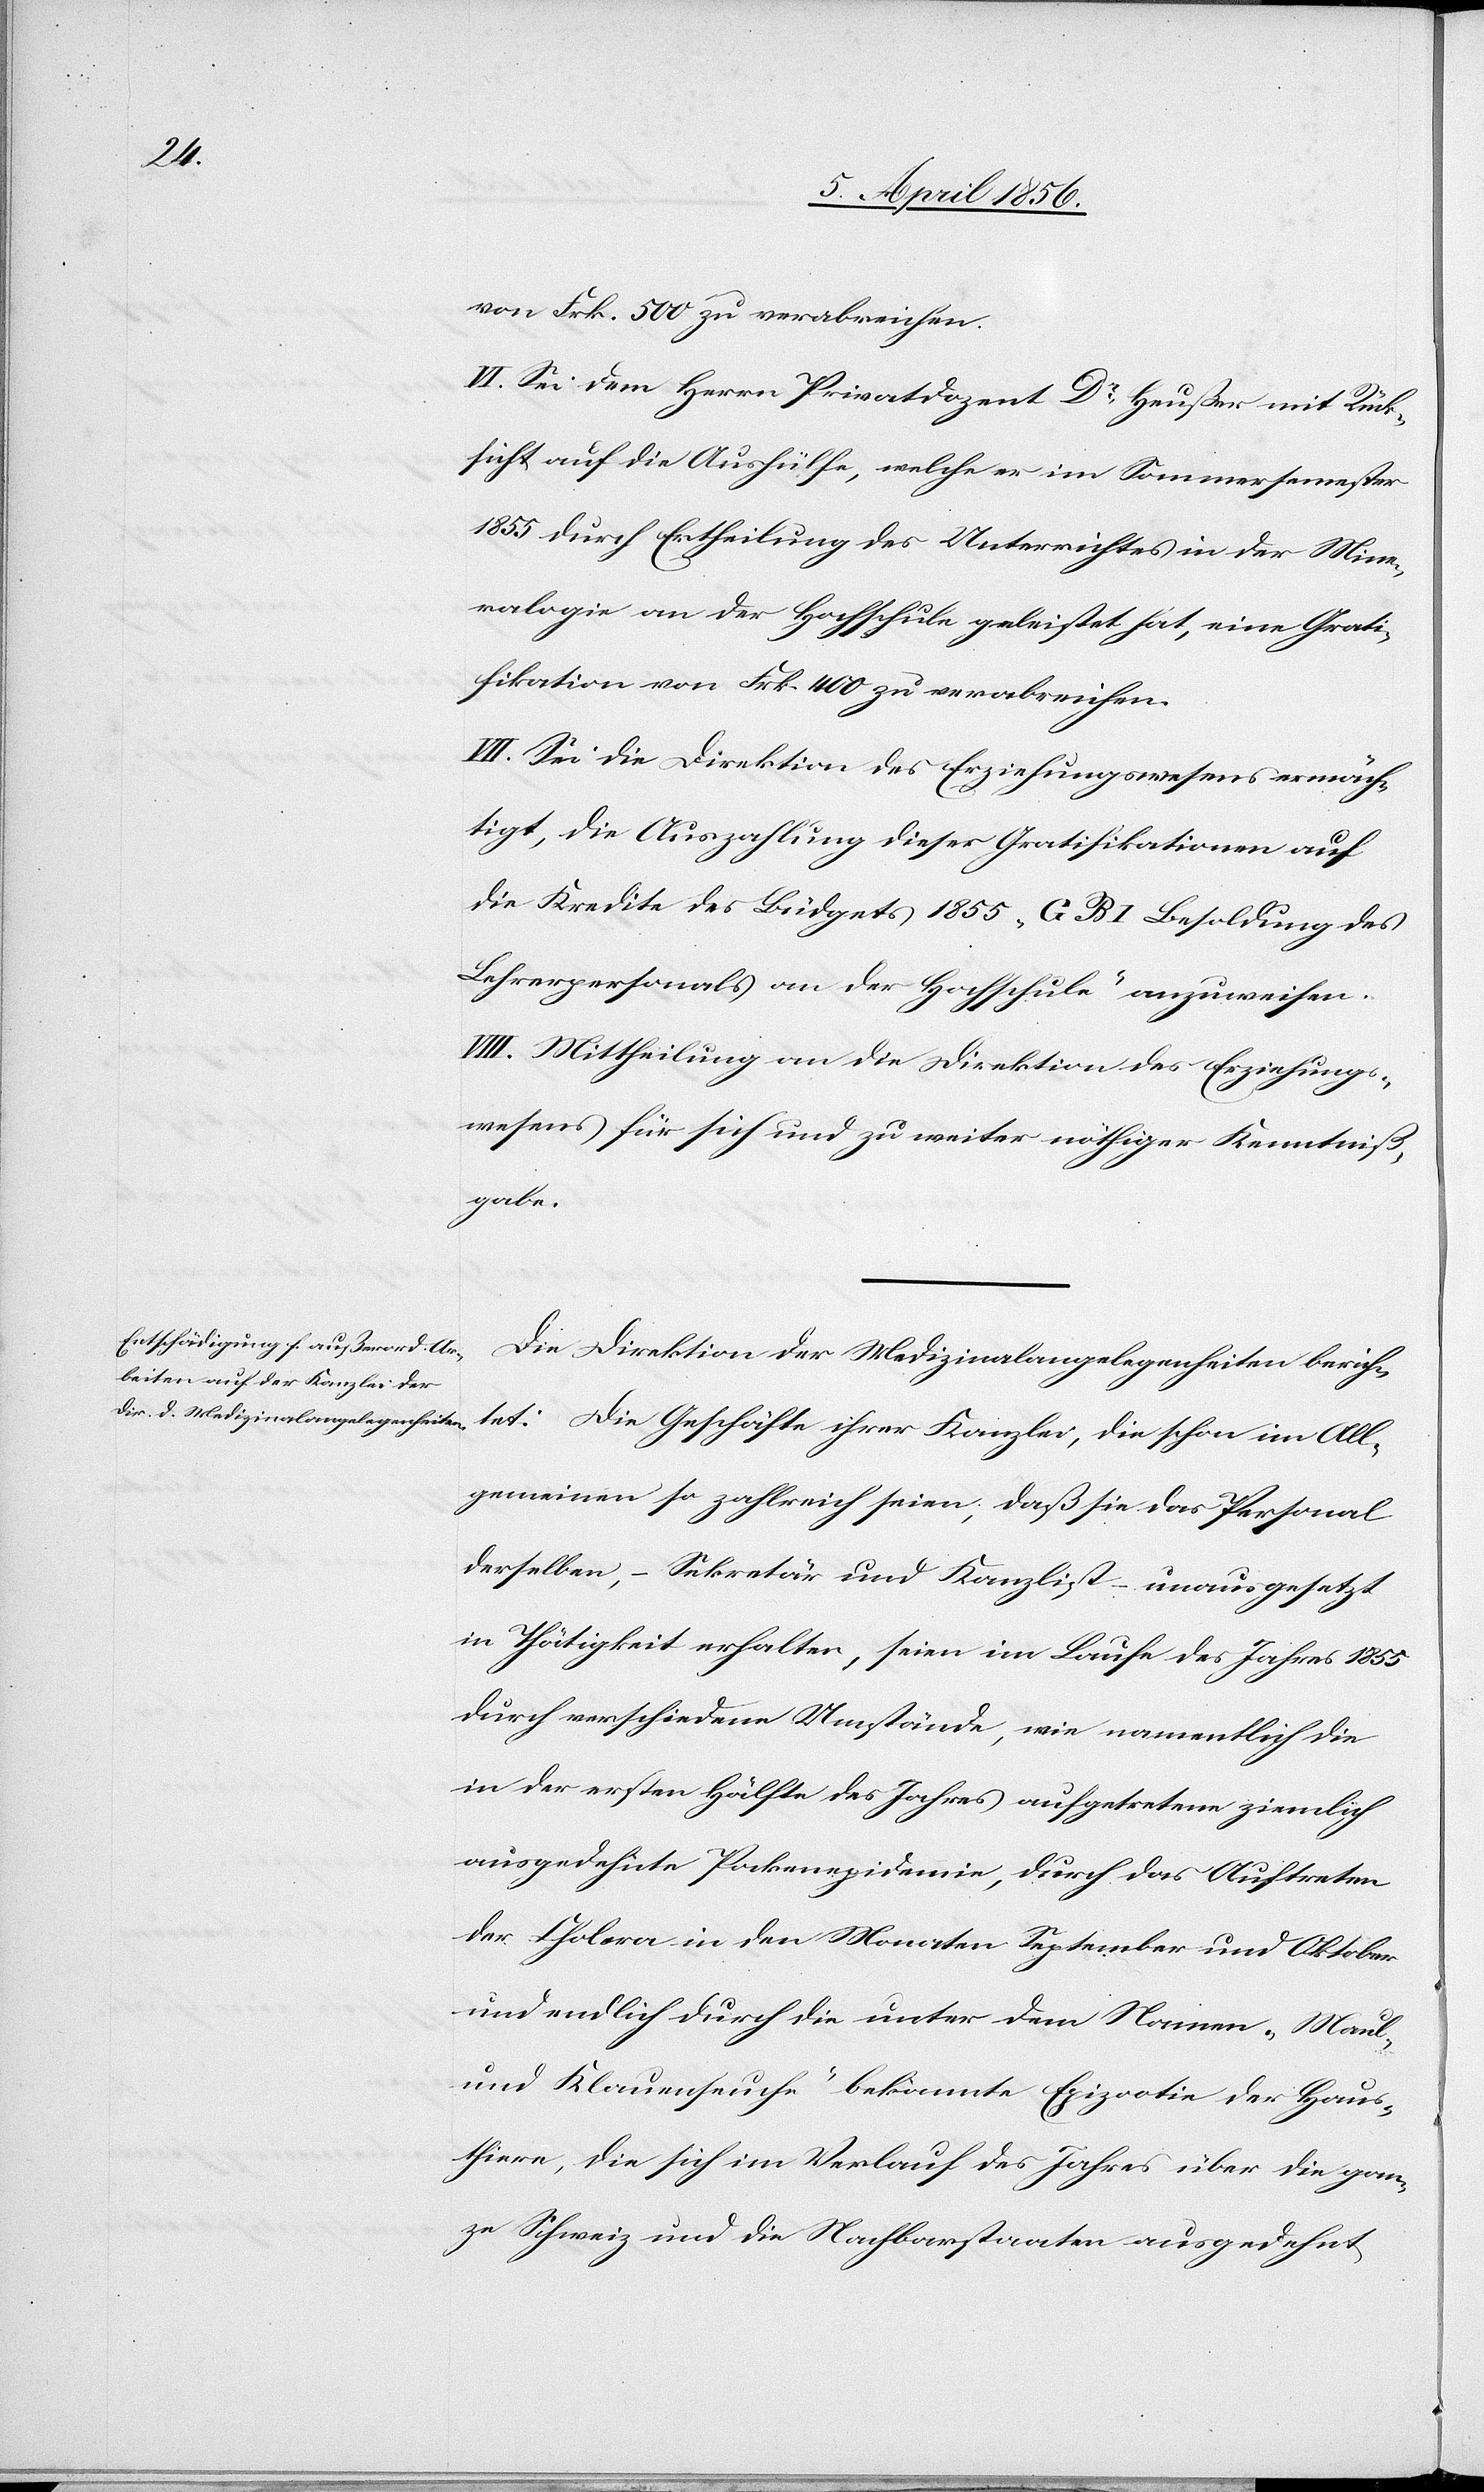
von Frk. 500 zu verabreichen.
VI. Sei dem Herrn Privatdozent Dr Heußer mit Rück¬
sicht auf die Aushülfe, welche er im Sommersemester
1855 durch Ertheilung des Unterrichtes in der Mine¬
ralogie an der Hochschule geleistet hat, eine Grati¬
fikation von Frk. 400 zu verabreichen.
VII. Sei die Direktion des Erziehungswesens ermäch¬
tigt, die Auszahlung dieser Gratifikationen auf
die Kredite des Büdgets 1855 „G B 1 Besoldung des
Lehrerpersonals an der Hochschule“ anzuweisen.
VIII. Mittheilung an die Direktion des Erziehungs¬
wesens für sich und zu weiter nöthiger Kenntniß¬
gabe.
Die Direktion der Medizinalangelegenheiten berich¬
tet: Die Geschäfte ihrer Kanzlei, die schon im All¬
gemeinen so zahlreich seien, daß sie das Personal
derselben, – Sekretär und Kanzlist – unausgesetzt
in Thätigkeit erhalten, seien im Laufe des Jahres 1855
durch verschiedene Umstände, wie namentlich die
in der ersten Hälfte des Jahres aufgetretene ziemlich
ausgedehnte Pockenepidemie, durch das Auftreten
der Cholera in den Monaten September und Oktober
und endlich durch die unter dem Namen „Maul-
und Klauenseuche“ bekannte Epizootie der Haus¬
thiere, die sich im Verlauf des Jahres über die gan¬
ze Schweiz und die Nachbarstaaten ausgedehnt